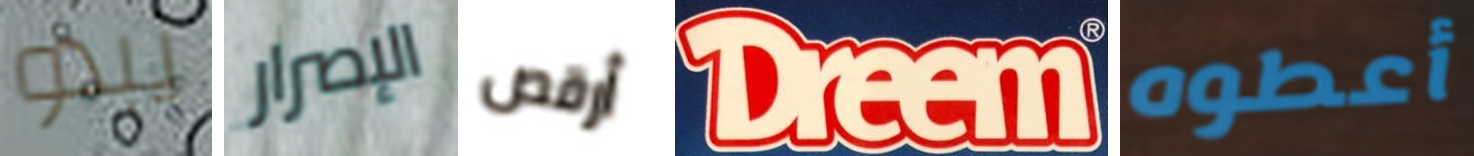
يبدو الإصرار أرقص Dreem أعطوه